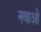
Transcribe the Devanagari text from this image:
नवाओ